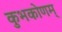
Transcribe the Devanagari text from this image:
कुभकोणम्